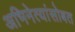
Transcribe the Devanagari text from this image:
अभिनेत्यांसोबत